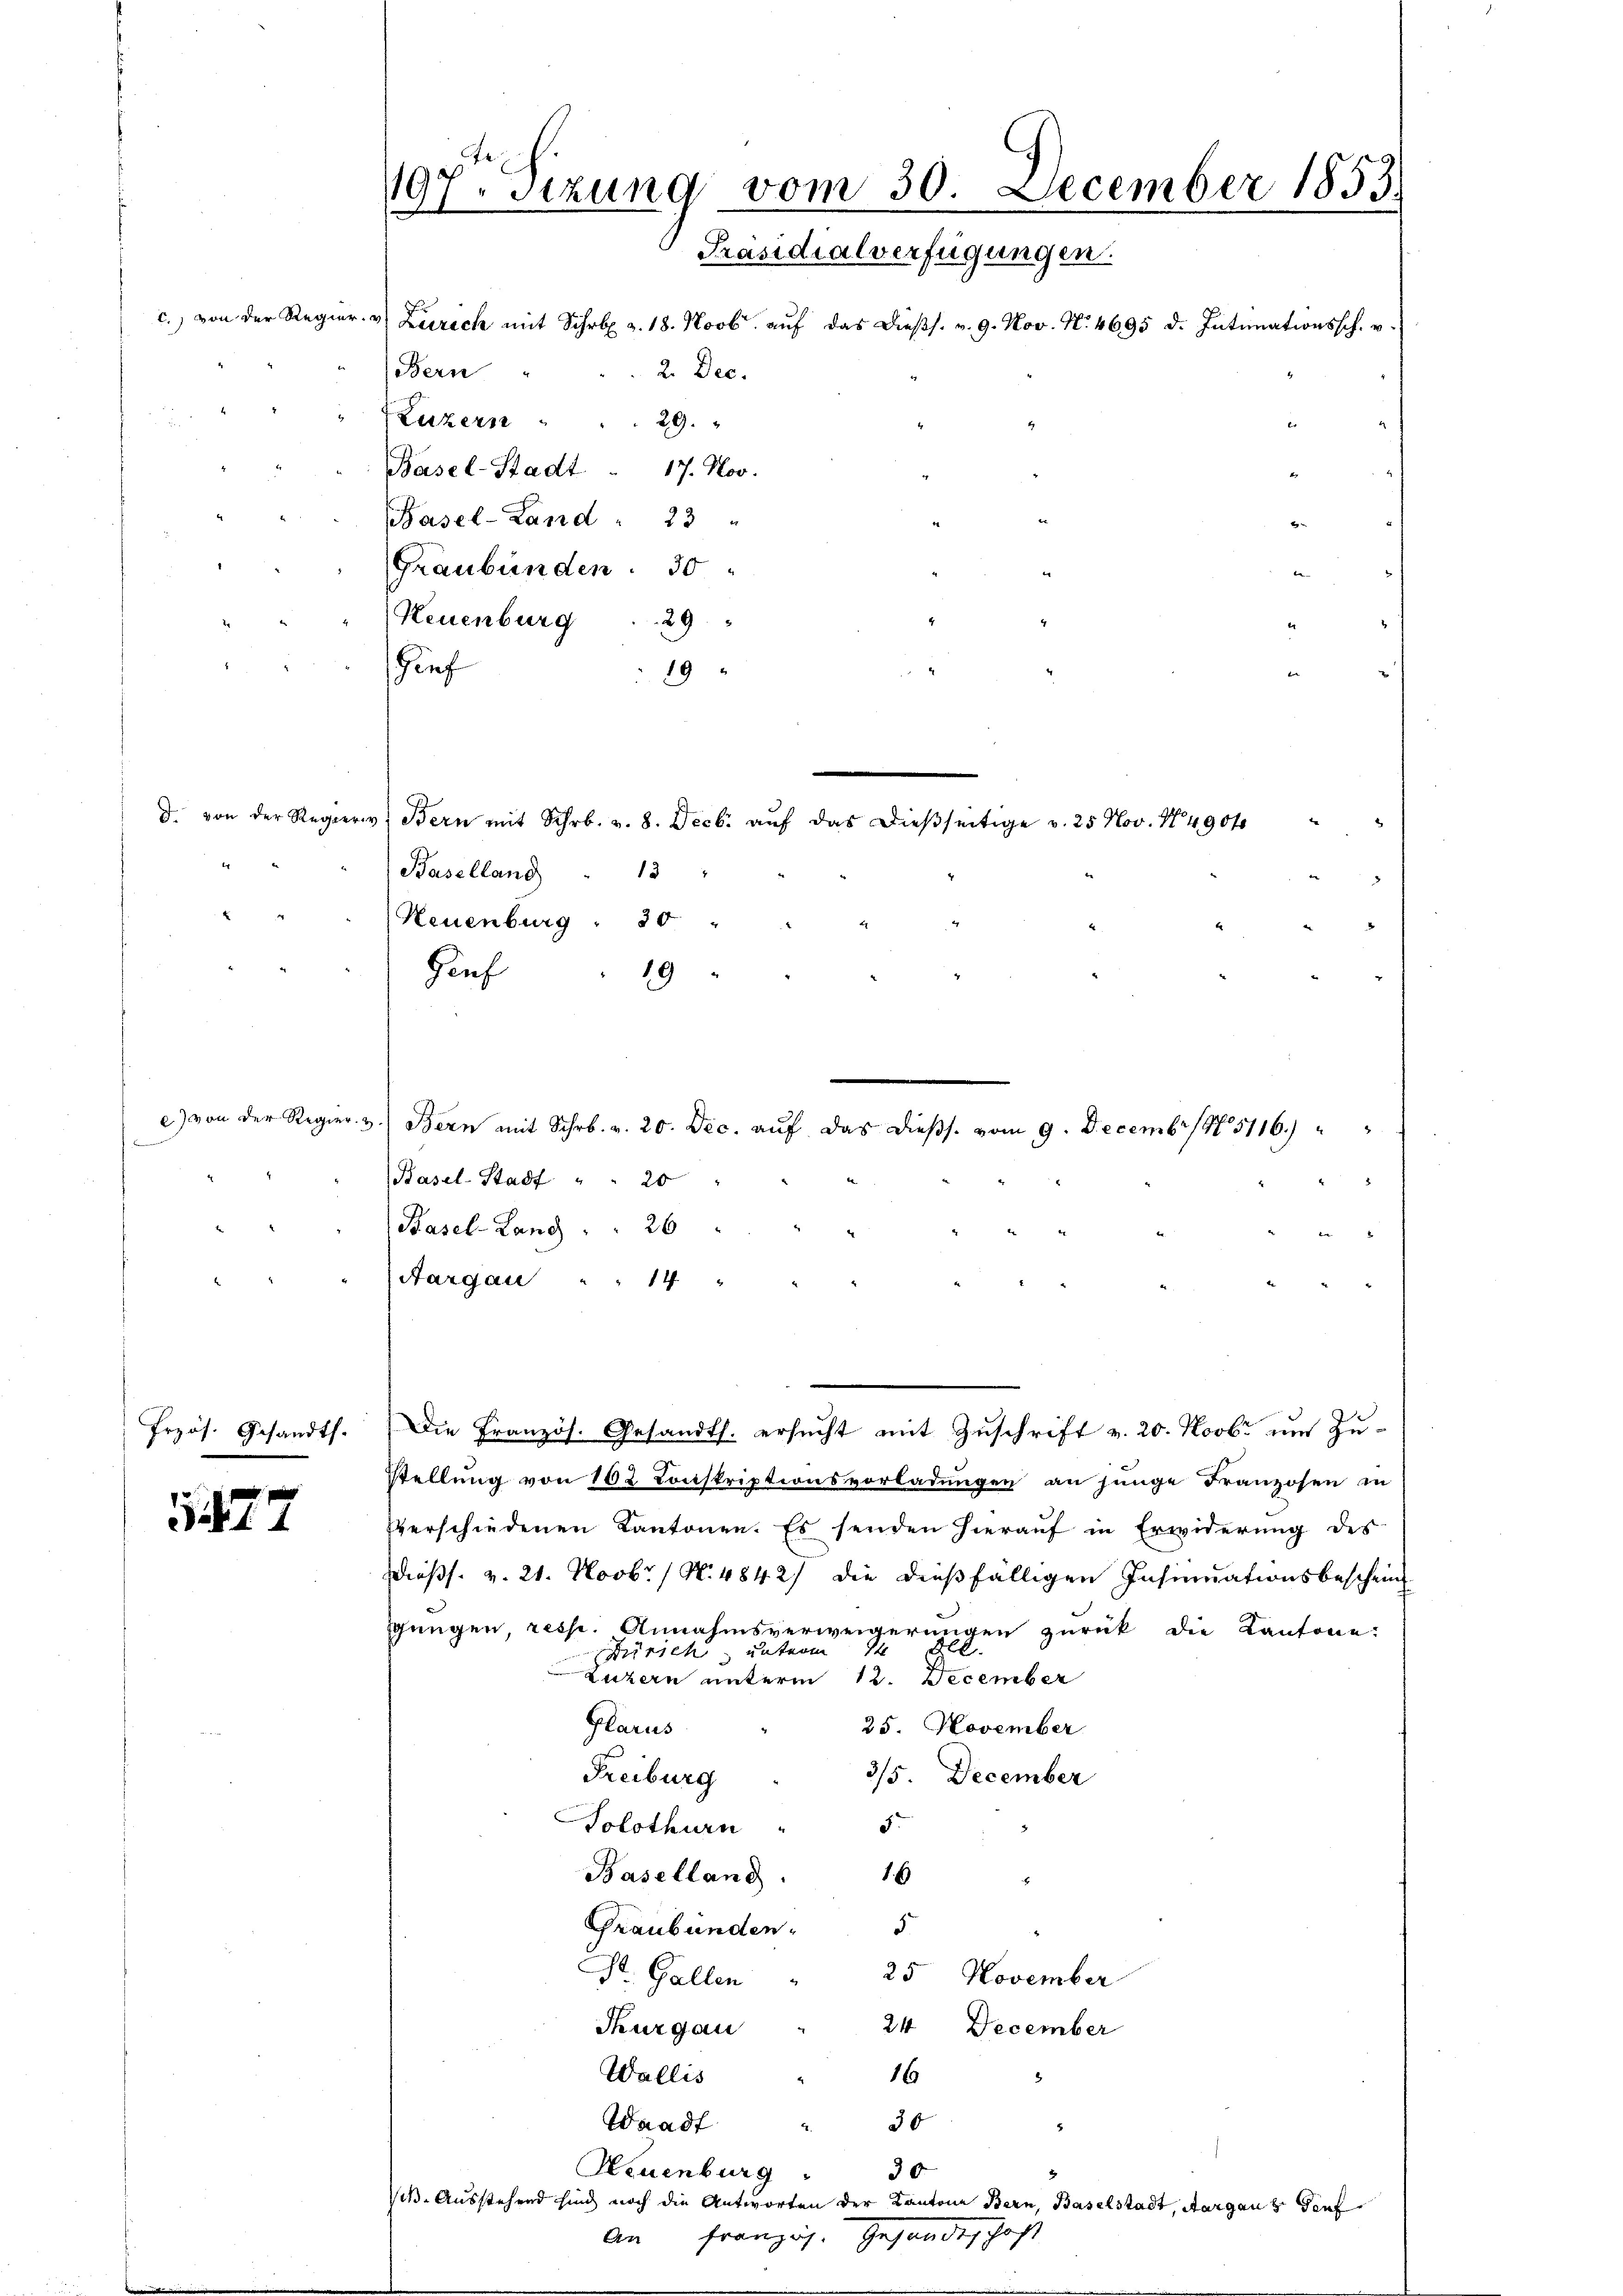
Neuenburg . . 29
Gief
19
d. von der Regieri, Bern mit Schr. v. 8. Decb. aŭf das dieβseitige v. 25 Nov. N. 4904
Baselland 13 "
Neuenburg: 30 "
Zief
19
c) von der Regier. v. Bern mit Schr. v. 20. Dec. auf das dießs. vom 9. Decembr 185116
(Basel-Stadt " " 20
Basel-Land " " 26
Aargau . . 14 "
.
frzös. Gesandts. Die Französ. Gesandts. ersŭcht mit Zŭschrift v. 20. Novbr ŭm Zŭ-
Stellung von 162 Conskriptionsvorladungen an junge Franzosen in
1827
verschiedenen Kantonen. Es senden hierauf in Erwiderung des
Diess. v. 21. Novbr. / N. 4842) die dießfälligen Insinuationsbeschein
sungen, resp. Annahmsverweigerungen zurück die Kantone:
Zürich unterm 1
 Luzern unterm 12. December
Plarus
25. November
Freiburg
3/5. December
Solothurn
5.
Baselland. 16
e
Graubünden
Dr. Gallen
25 November
Thurgau
24 December
Wallis
16
Waadt
30
Neuenburg
30
eß. Ausstehend sind noch die Antworten der Kantone Bern, Baselstadt, Aargaus Souf

197. Sizung vom 30. December 1853.
Präsidialverfügungen.
Bern
2. Dec.
Luzern
29.
Basel-Stadt . 17. Nov.
Basel-Land " 23 "
Graubünden 30

c. von der Regier- & Zürich mit Schrbr. a. 18. Novb. aŭf das dieβs. v. 9. Nov. N. 4695 d. Intimationssch. u.

An franzigs. Gesandtschaft